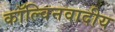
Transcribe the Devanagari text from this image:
कॉल्विनवादीय